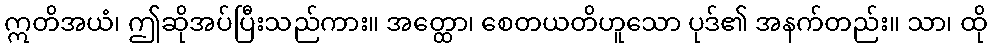
ဣတိအယံ၊ ဤဆိုအပ်ပြီးသည်ကား။ အတ္ထော၊ စေတယတိဟူသော ပုဒ်၏ အနက်တည်း။ သာ၊ ထို